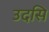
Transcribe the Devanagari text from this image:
उदसि